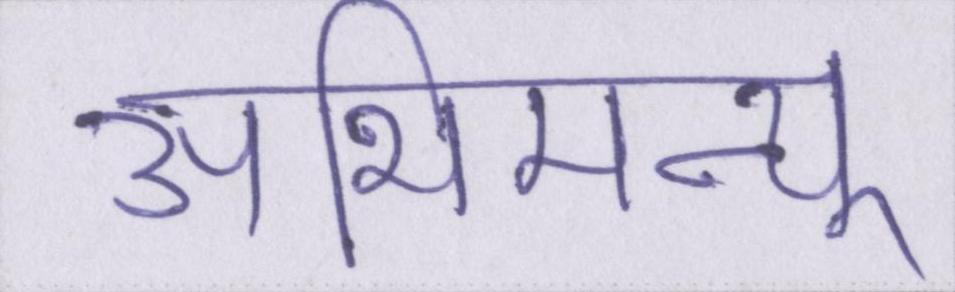
अभिमन्यू